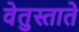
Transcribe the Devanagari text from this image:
वेतुस्ताते